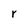
Character: r